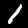
Digit: 1